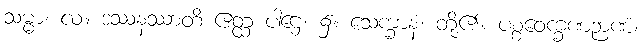
သမ္မာ၊ လ။ ဒဿနဿာတိ ဧတ္ထ ပါဌေ၊ ၌။ သေက္ခာနံ၊ တို့၏။ ပစ္စဝေက္ခဏဉာဏံ၊